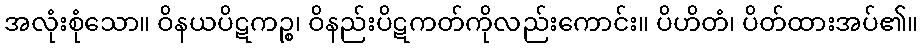
အလုံးစုံသော။ ဝိနယပိဋကဉ္စ၊ ဝိနည်းပိဋကတ်ကိုလည်းကောင်း။ ပိဟိတံ၊ ပိတ်ထားအပ်၏။